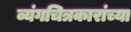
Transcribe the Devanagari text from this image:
व्यंगचित्रकारांच्या